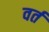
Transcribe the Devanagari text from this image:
वर्त